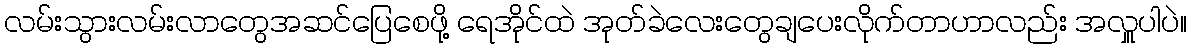
လမ်းသွားလမ်းလာတွေအဆင်ပြေစေဖို့ ရေအိုင်ထဲ အုတ်ခဲလေးတွေချပေးလိုက်တာဟာလည်း အလှူပါပဲ။